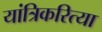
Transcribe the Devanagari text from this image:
यांत्रिकरित्या